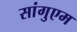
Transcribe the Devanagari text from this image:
सांगुएम